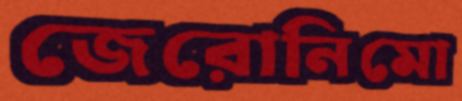
জেরোনিমো